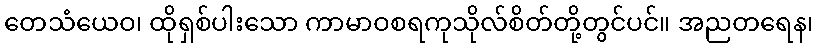
တေသံယေဝ၊ ထိုရှစ်ပါးသော ကာမာဝစရကုသိုလ်စိတ်တို့တွင်ပင်။ အညတရေန၊